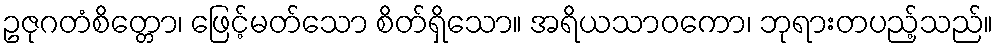
ဥဇုဂတံစိတ္တော၊ ဖြေင့်မတ်သော စိတ်ရှိသော။ အရိယသာဝကော၊ ဘုရားတပည့်သည်။